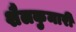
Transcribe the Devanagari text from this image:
शैलकुमारी